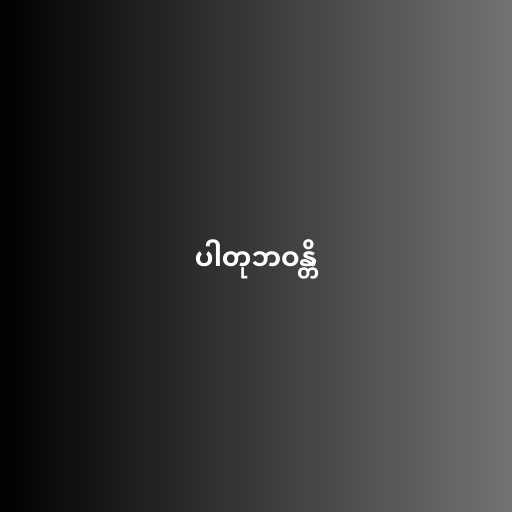
ပါတုဘဝန္တိ